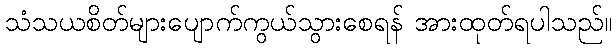
သံသယစိတ်များပျောက်ကွယ်သွားစေရန် အားထုတ်ရပါသည်။